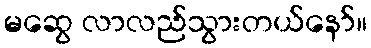
မဆွေ လာလည်သွားတယ်နော်။